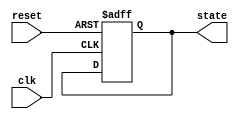
module DefaultStateInitialization (
    input wire reset,          // Active-high reset signal
    input wire clk,           // Clock signal for synchronous operation
    output reg [7:0] state    // State output (example: 8-bit state register)
);

// Initialization values for the state registers
localparam INITIAL_STATE = 8'h00; // Example initial state value

// Synchronous reset logic
always @(posedge clk or posedge reset) begin
    if (reset) begin
        // State assignment on reset
        state <= INITIAL_STATE; // Set state to initial value
    end else begin
        // Normal operation logic goes here
        // For example, state <= next_state; // Update state based on some logic
    end
end

endmodule